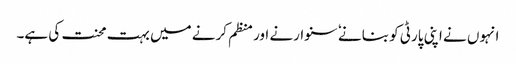
انہوں نے اپنی پارٹی کو بنانے ٗ سنوارنے اور منظم کرنے میں بہت محنت کی ہے۔